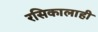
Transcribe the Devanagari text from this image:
रसिकालाही